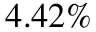
4 . 4 2 \%